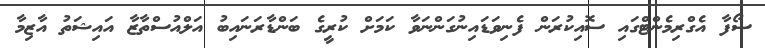
ސޯފާ އެގްރިމެންޓްގައި ސޮއިކުރަން ފެނިވަޑައިނުގަންނަވާ ކަމަށް ކުރީގެ ބަންޑާރަނައިބު އަލްއުސްތާޒާ އައިޝަތު އާޒިމާ